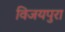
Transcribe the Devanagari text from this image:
विजयपुरा